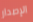
الإصدار